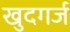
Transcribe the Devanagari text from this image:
खुदगर्ज